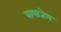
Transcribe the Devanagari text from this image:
वायाजेम